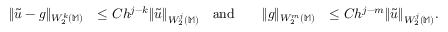
\begin{array} { r l r l r l } { \| \tilde { u } - g \| _ { W _ { 2 } ^ { k } ( \mathbb { M } ) } } & { \le C h ^ { j - k } \| \tilde { u } \| _ { W _ { 2 } ^ { j } ( \mathbb { M } ) } } & { \mathrm { a n d } } & { } & { \| g \| _ { W _ { 2 } ^ { m } ( \mathbb { M } ) } } & { \le C h ^ { j - m } \| \tilde { u } \| _ { W _ { 2 } ^ { j } ( \mathbb { M } ) } . } \end{array}